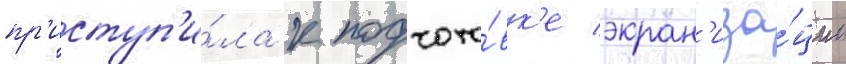
пр'иступ'и́ла к подгото́вк'е экран'иза́ции